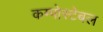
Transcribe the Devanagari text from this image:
कम्पोस्टेबल